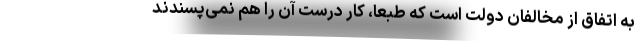
به اتفاق از مخالفان دولت است که طبعا، کار درست آن را هم نمی‌پسندند